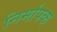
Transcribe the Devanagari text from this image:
निर्मापक